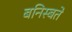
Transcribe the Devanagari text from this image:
बनिस्बते